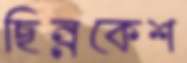
ছিন্নকেশ